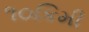
૧૦કિમી